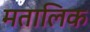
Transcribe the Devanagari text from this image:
मतालिक